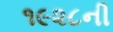
૧૯૨૮ની